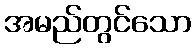
အမည်တွင်သော